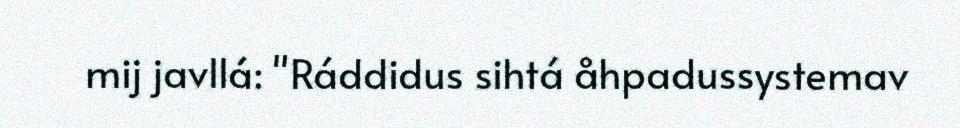
mij javllá: "Ráddidus sihtá åhpadussystemav